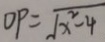
O P = \sqrt { x ^ { 2 } - 4 }